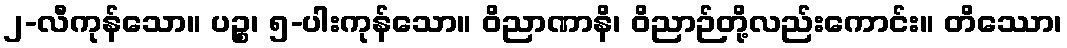
၂-လီကုန်သော။ ပဉ္စ၊ ၅-ပါးကုန်သော။ ဝိညာဏာနိ၊ ဝိညာဉ်တို့လည်းကောင်း။ တိဿော၊